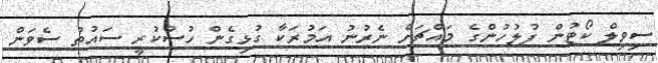
ސިވިލް ކޯޓުން ފުލުހުންގެ މައްޗަށް ނެރުނު އަމުރަކާ ގުޅިގެން ހުސްކުރީ ސައުތު ސެވަން